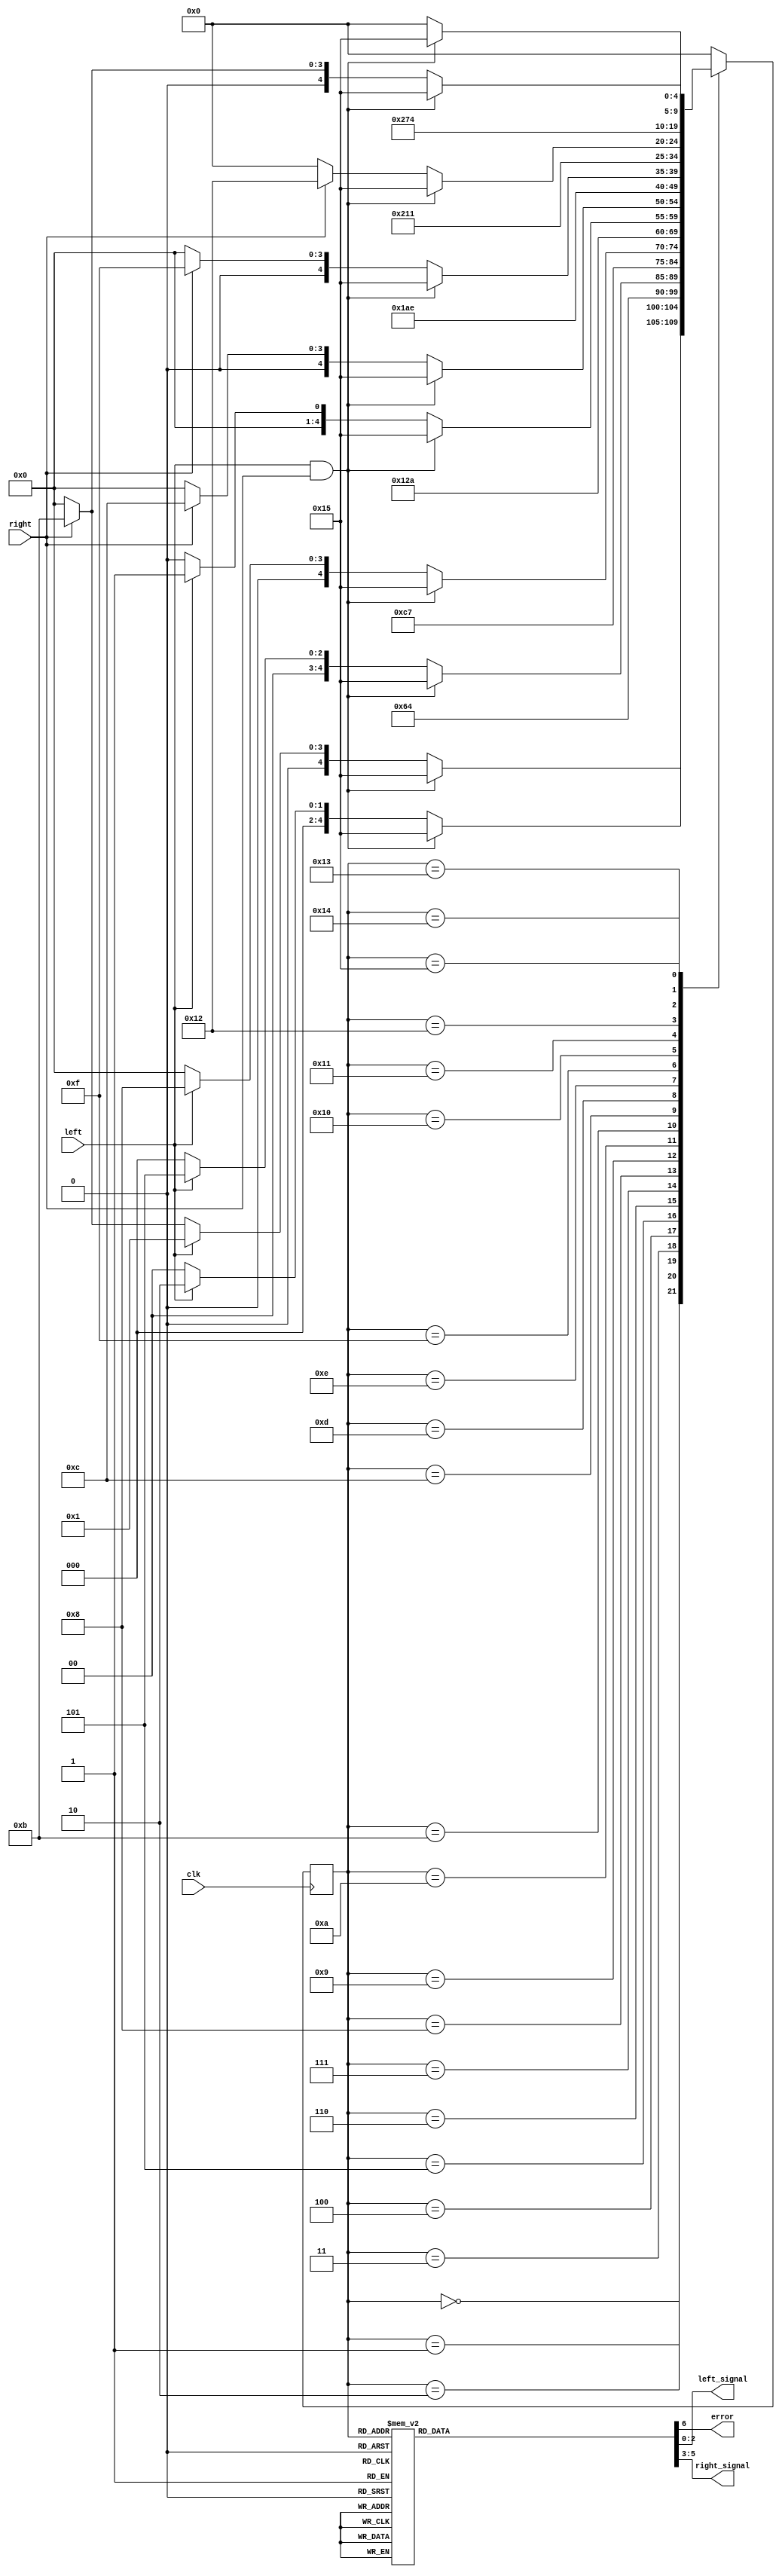
//
// Copyright (c) 2015 Thomas R. Murphy and Case Western Reserve University
// All Rights Reserved
//
// Developed by Thomas Russell Murphy (trm70) during employment as teaching
// assistant of EECS 301 at CWRU.
//
// THIS SOFTWARE IS PROVIDED BY THE COPYRIGHT HOLDERS AND CONTRIBUTORS ``AS IS''
// AND ANY EXPRESS OR IMPLIED WARRANTIES, INCLUDING, BUT NOT LIMITED TO, THE
// IMPLIED WARRANTIES OF MERCHANTABILITY AND FITNESS FOR A PARTICULAR PURPOSE ARE
// DISCLAIMED. IN NO EVENT SHALL THE COPYRIGHT HOLDER OR CONTRIBUTORS BE LIABLE FOR
// ANY DIRECT, INDIRECT, INCIDENTAL, SPECIAL, EXEMPLARY, OR CONSEQUENTIAL DAMAGES
// (INCLUDING, BUT NOT LIMITED TO, PROCUREMENT OF SUBSTITUTE GOODS OR SERVICES;
// LOSS OF USE, DATA, OR PROFITS; OR BUSINESS INTERRUPTION) HOWEVER CAUSED AND ON
// ANY THEORY OF LIABILITY, WHETHER IN CONTRACT, STRICT LIABILITY, OR TORT
// (INCLUDING NEGLIGENCE OR OTHERWISE) ARISING IN ANY WAY OUT OF THE USE OF THIS
// SOFTWARE, EVEN IF ADVISED OF THE POSSIBILITY OF SUCH DAMAGE.
//

module turn_sm(
           input wire clk,
           input wire left,
           input wire right,
           output reg error,
           output reg [ 2: 0 ] left_signal,
           output reg [ 2: 0 ] right_signal
       );

reg [ 4: 0 ] state, next_state;

// State Parameters
parameter idle_state = 5'd0;

parameter left0 = 5'd1;
parameter left1_1 = 5'd2;
parameter left1_2 = 5'd3;
parameter left1_3 = 5'd4;
parameter left2_1 = 5'd5;
parameter left2_2 = 5'd6;
parameter left2_3 = 5'd7;
parameter left3_1 = 5'd8;
parameter left3_2 = 5'd9;
parameter left3_3 = 5'd10;

parameter right0 = 5'd11;
parameter right1_1 = 5'd12;
parameter right1_2 = 5'd13;
parameter right1_3 = 5'd14;
parameter right2_1 = 5'd15;
parameter right2_2 = 5'd16;
parameter right2_3 = 5'd17;
parameter right3_1 = 5'd18;
parameter right3_2 = 5'd19;
parameter right3_3 = 5'd20;

parameter error_state = 5'd21;

// Output Parameters
parameter left_0 = 3'b000;
parameter left_1 = 3'b001;
parameter left_2 = 3'b011;
parameter left_3 = 3'b111;

parameter right_0 = 3'b000;
parameter right_1 = 3'b100;
parameter right_2 = 3'b110;
parameter right_3 = 3'b111;

initial begin
    state = idle_state;
end

// Registered always block
always @( posedge clk ) begin
    state <= next_state;
end

// Combinational always block
// Next state logic
always @( left, right, state ) begin
    case ( state )
        idle_state: begin
            if ( left && right ) begin
                next_state = error_state;
            end
            else if ( left ) begin
                next_state = left0;
            end
            else if ( right ) begin
                next_state = right0;
            end
            else begin
                next_state = idle_state;
            end
        end

        // Progression through left states
        // Check for input correctness only when changing # of lights turned on
        left0: begin
            if ( left && right ) begin
                next_state = error_state;
            end
            else if ( left ) begin
                next_state = left1_1;
            end
            else begin
                next_state = idle_state;
            end
        end
        left1_1: begin
            next_state = left1_2;
        end
        left1_2: begin
            next_state = left1_3;
        end
        left1_3: begin
            if ( left && right ) begin
                next_state = error_state;
            end
            else if ( left ) begin
                next_state = left2_1;
            end
            else begin
                next_state = idle_state;
            end
        end
        left2_1: begin
            next_state = left2_2;
        end
        left2_2: begin
            next_state = left2_3;
        end
        left2_3: begin
            if ( left && right ) begin
                next_state = error_state;
            end
            else if ( left ) begin
                next_state = left3_1;
            end
            else begin
                next_state = idle_state;
            end
        end
        left3_1: begin
            next_state = left3_2;
        end
        left3_2: begin
            next_state = left3_3;
        end
        left3_3: begin
            if ( left && right ) begin
                next_state = error_state;
            end
            else if ( left ) begin
                next_state = left0;
            end
            else begin
                next_state = idle_state;
            end
        end

        // Progression through right states
        // Check for input correctness only when changing # of lights turned on
        right0: begin
            if ( right && left ) begin
                next_state = error_state;
            end
            else if ( right ) begin
                next_state = right1_1;
            end
            else begin
                next_state = idle_state;
            end
        end
        right1_1: begin
            next_state = right1_2;
        end
        right1_2: begin
            next_state = right1_3;
        end
        right1_3: begin
            if ( right && left ) begin
                next_state = error_state;
            end
            else if ( right ) begin
                next_state = right2_1;
            end
            else begin
                next_state = idle_state;
            end
        end
        right2_1: begin
            next_state = right2_2;
        end
        right2_2: begin
            next_state = right2_3;
        end
        right2_3: begin
            if ( right && left ) begin
                next_state = error_state;
            end
            else if ( right ) begin
                next_state = right3_1;
            end
            else begin
                next_state = idle_state;
            end
        end
        right3_1: begin
            next_state = right3_2;
        end
        right3_2: begin
            next_state = right3_3;
        end
        right3_3: begin
            if ( right && left ) begin
                next_state = error_state;
            end
            else if ( right ) begin
                next_state = right0;
            end
            else begin
                next_state = idle_state;
            end
        end

        // Operation of the error state
        error_state: begin
            if ( left && right ) begin
                next_state = error_state;
            end
            else begin
                next_state = idle_state;
            end
        end

        // Safety, default to the idle state
        default: begin
            next_state = idle_state;
        end
    endcase
end

// Combinational always block
// Output logic, Moore Machine
always @( state ) begin
    case ( state )
        // Cover each count of lights turned on, left
        left1_1: begin
            left_signal = left_1;
            right_signal = right_0;
            error = 1'b0;
        end
        left1_2: begin
            left_signal = left_1;
            right_signal = right_0;
            error = 1'b0;
        end
        left1_3: begin
            left_signal = left_1;
            right_signal = right_0;
            error = 1'b0;
        end
        left2_1: begin
            left_signal = left_2;
            right_signal = right_0;
            error = 1'b0;
        end
        left2_2: begin
            left_signal = left_2;
            right_signal = right_0;
            error = 1'b0;
        end
        left2_3: begin
            left_signal = left_2;
            right_signal = right_0;
            error = 1'b0;
        end
        left3_1: begin
            left_signal = left_3;
            right_signal = right_0;
            error = 1'b0;
        end
        left3_2: begin
            left_signal = left_3;
            right_signal = right_0;
            error = 1'b0;
        end
        left3_3: begin
            left_signal = left_3;
            right_signal = right_0;
            error = 1'b0;
        end

        // Cover each count of lights turned on, right
        right1_1: begin
            right_signal = right_1;
            left_signal = left_0;
            error = 1'b0;
        end
        right1_2: begin
            right_signal = right_1;
            left_signal = left_0;
            error = 1'b0;
        end
        right1_3: begin
            right_signal = right_1;
            left_signal = left_0;
            error = 1'b0;
        end
        right2_1: begin
            right_signal = right_2;
            left_signal = left_0;
            error = 1'b0;
        end
        right2_2: begin
            right_signal = right_2;
            left_signal = left_0;
            error = 1'b0;
        end
        right2_3: begin
            right_signal = right_2;
            left_signal = left_0;
            error = 1'b0;
        end
        right3_1: begin
            right_signal = right_3;
            left_signal = left_0;
            error = 1'b0;
        end
        right3_2: begin
            right_signal = right_3;
            left_signal = left_0;
            error = 1'b0;
        end
        right3_3: begin
            right_signal = right_3;
            left_signal = left_0;
            error = 1'b0;
        end

        // Error case, no lights are turned on
        error_state: begin
            left_signal = left_0;
            right_signal = right_0;
            error = 1'b1;
        end

        // In all other cases, all lights are off
        default: begin
            left_signal = left_0;
            right_signal = right_0;
            error = 1'b0;
        end
    endcase
end

endmodule